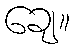
ချေ။